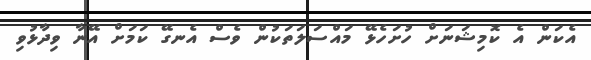
އެކަން އެ ކޮމިޝަނަށް ހުށަހެޅޭ މައްސަލަތަކުން ވެސް އެނގޭ ކަމަށް އޭނާ ވިދާޅުވި